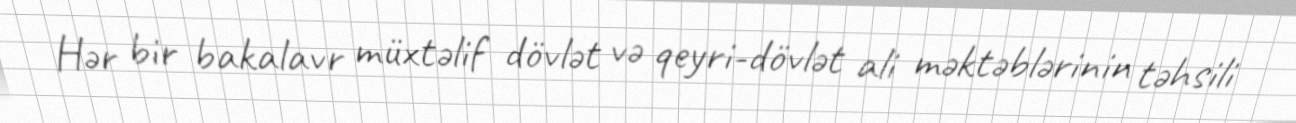
Hər bir bakalavr müxtəlif dövlət və qeyri-dövlət ali məktəblərinin təhsili